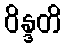
ဝိန္ဒတိ